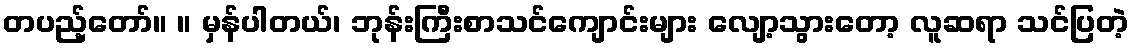
တပည့်တော်။ ။ မှန်ပါတယ်၊ ဘုန်းကြီးစာသင်ကျောင်းများ လျော့သွားတော့ လူဆရာ သင်ပြတဲ့